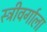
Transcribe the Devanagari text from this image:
स्त्रीवर्गाला